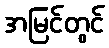
အမြင်တွင်